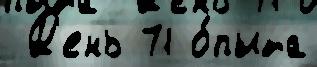
 Д'ень 71 о́пыта